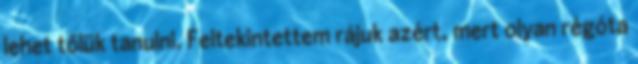
lehet tőlük tanulni. Feltekintettem rájuk azért, mert olyan régóta